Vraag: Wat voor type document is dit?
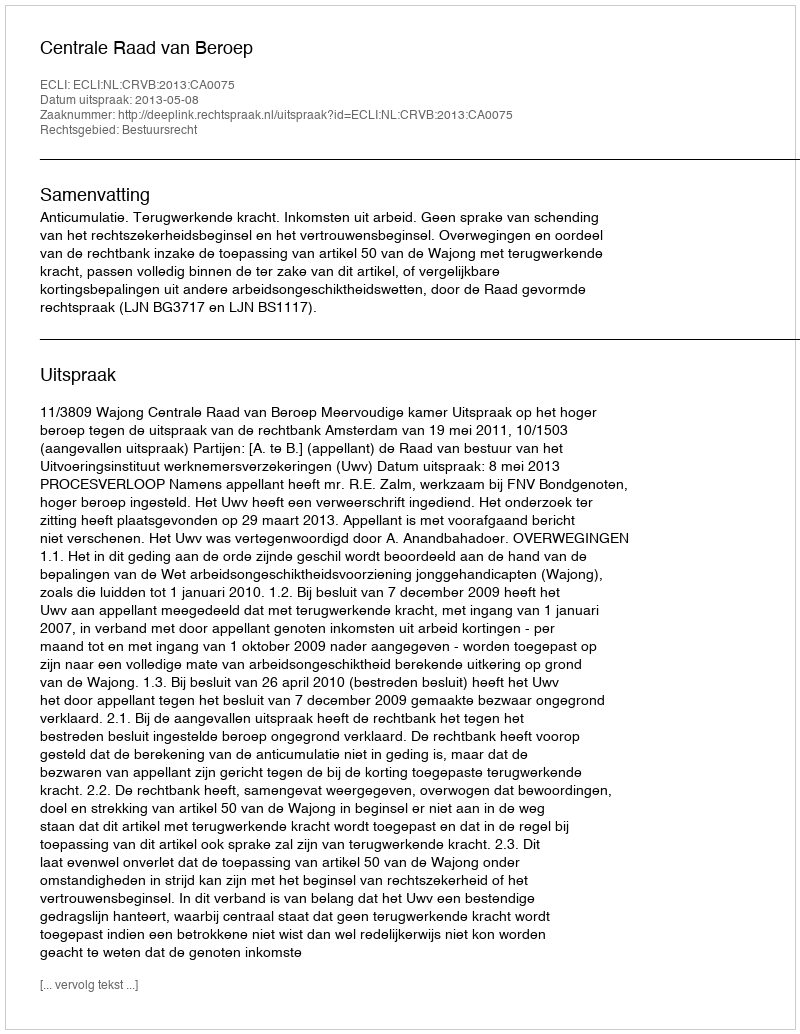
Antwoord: Uitspraak